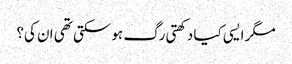
مگر ایسی کیا دکھتی رگ ہو سکتی تھی ان کی؟